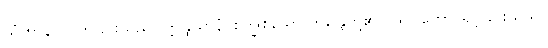
သံဟာနိ၊ ယုတ်ခြင်းသည်။ ဣန္ဒြိယာနံ၊ စက္ခုစသော ဣန္ဒြေတို့၏။ ပရိပါကော၊ ရင့်ခြင်းသည်။